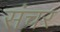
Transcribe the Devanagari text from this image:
संचर